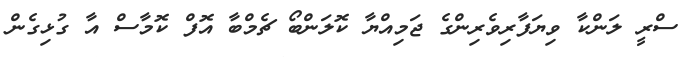
ސްރީ ލަންކާ ވިޔަފާރިވެރިންގެ ޖަމިއްޔާ ކޮލަންބޯ ޗެމްބާ އޮފް ކޮމާސް އާ ގުޅިގެން